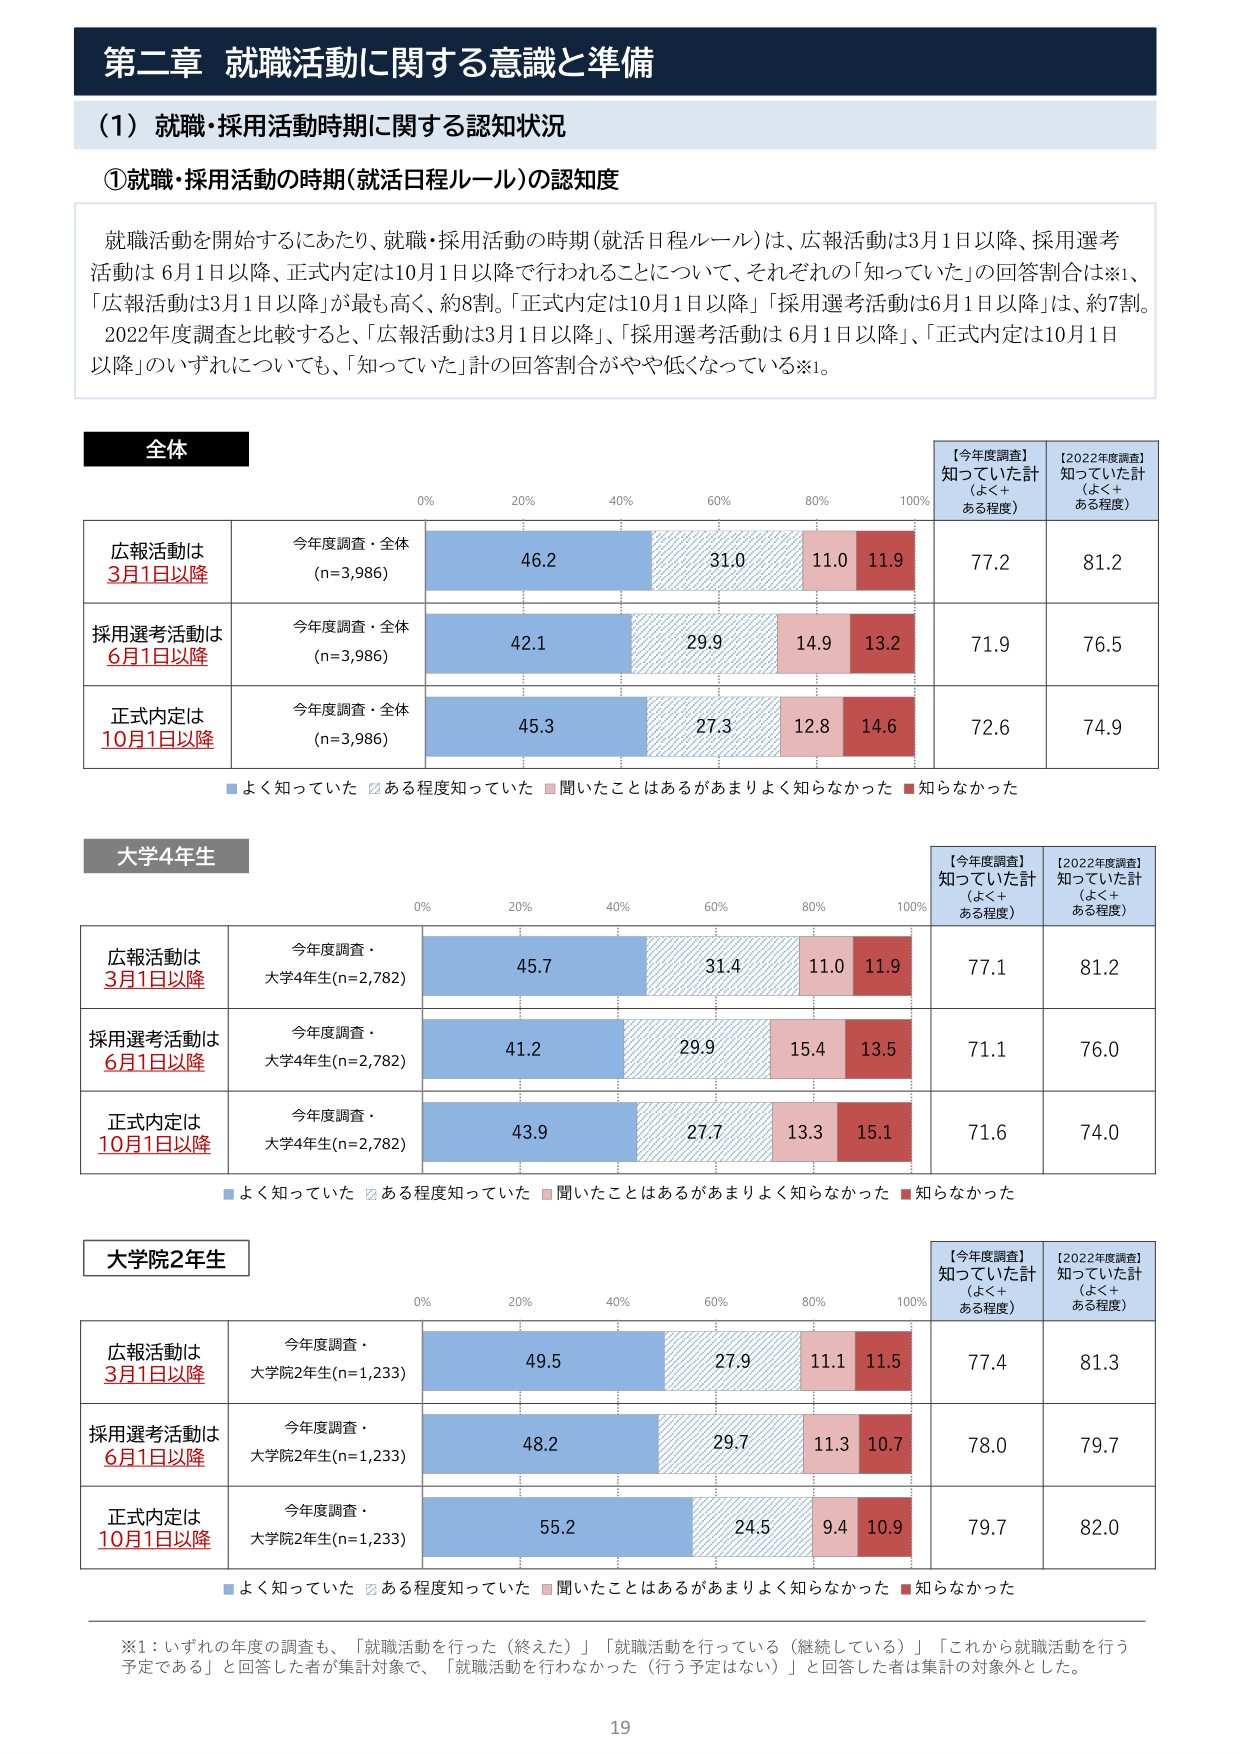
第二章 就職活動に関する意識と準備

（1）就職・採用活動時期に関する認知状況

①就職・採用活動の時期（就活日程ルール）の認知度

就職活動を開始するにあたり、就職・採用活動の時期（就活日程ルール）は、広報活動は3月1日以降、採用選考活動は6月1日以降、正式内定は10月1日以降で行われることについて、それぞれの「知っていた」の回答割合は※1、「広報活動は3月1日以降」が最も高く、約8割。「正式内定は10月1日以降」「採用選考活動は6月1日以降」は、約7割。2022年度調査と比較すると、「広報活動は3月1日以降」「採用選考活動は6月1日以降」「正式内定は10月1日以降」のいずれについても、「知っていた」計の回答割合がやや低くなっている※1。

全体

広報活動は
3月1日以降
今年度調査・全体
(n=3,986)
46.2
31.0
11.0
11.9
77.2
81.2

採用選考活動は
6月1日以降
今年度調査・全体
(n=3,986)
42.1
29.9
14.9
13.2
71.9
76.5

正式内定は
10月1日以降
今年度調査・全体
(n=3,986)
45.3
27.3
12.8
14.6
72.6
74.9

■よく知っていた ■ある程度知っていた ■聞いたことはあるがあまりよく知らなかった ■知らなかった

【今年度調査】
知っていた計
（よく＋
ある程度）

【2022年度調査】
知っていた計
（よく＋
ある程度）

大学4年生

広報活動は
3月1日以降
今年度調査・
大学4年生(n=2,782)
45.7
31.4
11.0
11.9
77.1
81.2

採用選考活動は
6月1日以降
今年度調査・
大学4年生(n=2,782)
41.2
29.9
15.4
13.5
71.1
76.0

正式内定は
10月1日以降
今年度調査・
大学4年生(n=2,782)
43.9
27.7
13.3
15.1
71.6
74.0

■よく知っていた ■ある程度知っていた ■聞いたことはあるがあまりよく知らなかった ■知らなかった

【今年度調査】
知っていた計
（よく＋
ある程度）

【2022年度調査】
知っていた計
（よく＋
ある程度）

大学院2年生

広報活動は
3月1日以降
今年度調査・
大学院2年生(n=1,233)
49.5
27.9
11.1
11.5
77.4
81.3

採用選考活動は
6月1日以降
今年度調査・
大学院2年生(n=1,233)
48.2
29.7
11.3
10.7
78.0
79.7

正式内定は
10月1日以降
今年度調査・
大学院2年生(n=1,233)
55.2
24.5
9.4
10.9
79.7
82.0

■よく知っていた ■ある程度知っていた ■聞いたことはあるがあまりよく知らなかった ■知らなかった

【今年度調査】
知っていた計
（よく＋
ある程度）

【2022年度調査】
知っていた計
（よく＋
ある程度）

※1：いずれの年度の調査も、「就職活動を行った（終えた）」「就職活動を行っている（継続している）」「これから就職活動を行う予定である」と回答した者が集計対象で、「就職活動を行わなかった（行う予定はない）」と回答した者は集計の対象外とした。

19